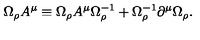
\Omega _ { \rho } A ^ { \mu } \equiv \Omega _ { \rho } A ^ { \mu } \Omega _ { \rho } ^ { - 1 } + \Omega _ { \rho } ^ { - 1 } \partial ^ { \mu } \Omega _ { \rho } .